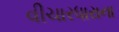
વીચારધારાના